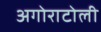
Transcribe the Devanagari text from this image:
अगोराटोली